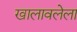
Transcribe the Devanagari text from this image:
खालावलेला